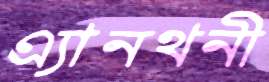
এ্যানথনী